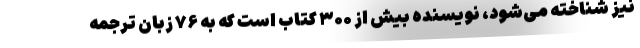
نیز شناخته می‌شود، نویسنده بیش از ۳۰۰ کتاب است که به ۷۶ زبان ترجمه